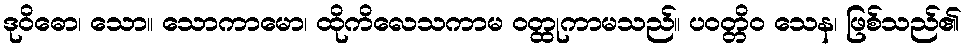
ဒုဝိဓော၊ သော။ သောကာမော၊ ထိုကိလေသကာမ ဝတ္ထုကာမသည်။ ပဝတ္တိဝ သေန၊ ဖြစ်သည်၏